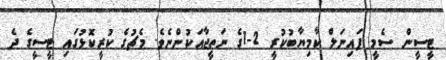
ޓީސީން ސެމީ ފައިނަލް ކާމިޔާބުކުރީ 2-1ގެ ނަތީޖާއަކުންނެވެ. މެޗުގެ ކުރީކޮޅުގައި ޓީސީގެ ދެ